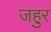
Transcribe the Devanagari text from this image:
जहुर